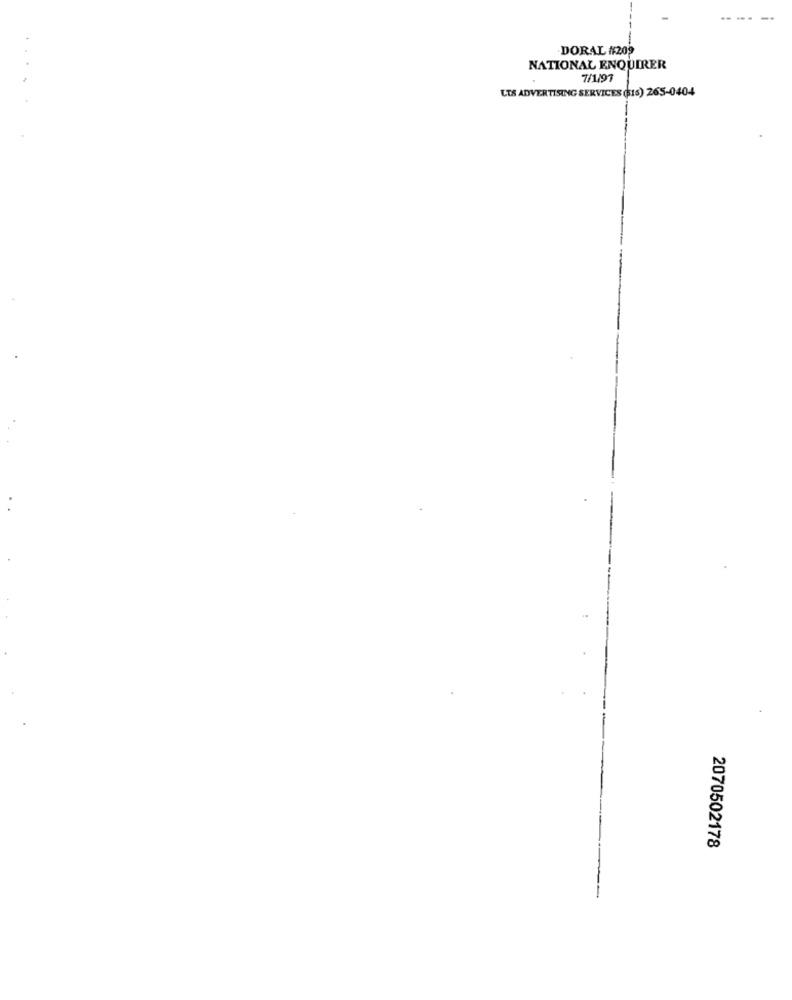
DORAL #209
NATIONAL ENQUIRER
7/1197
LTS ADVERTISING SERVICES (16) 265-0404
2070502178